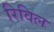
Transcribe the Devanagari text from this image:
रिविल